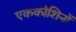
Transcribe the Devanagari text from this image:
एककोशिनों